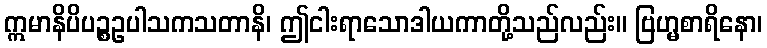
ဣမာနိပိပဉ္စဥပါသကသတာနိ၊ ဤငါးရာသောဒါယကာတို့သည်လည်း။ ဗြဟ္မစာရိနော၊